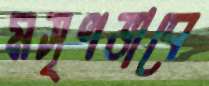
মসৃণভাবে